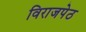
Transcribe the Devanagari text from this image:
विराजपेठ